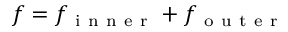
f = f _ { \mathrm { ~ i ~ n ~ n ~ e ~ r ~ } } + f _ { \mathrm { ~ o ~ u ~ t ~ e ~ r ~ } }